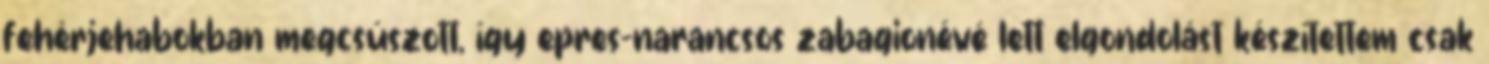
fehérjehabokban megcsúszott, így epres-narancsos zabagionévé lett elgondolást készítettem csak